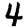
Digit: 4